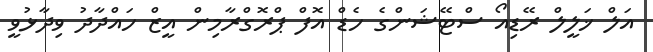
އަލް ޚަލީލް ރޭޑިއޯ ސްޓޭޝަންގެ ހެޑް އޮފް ޕްރޮގްރާމިން އީޒް ހައްދާދު ވިދާޅުވީ